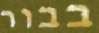
בבור